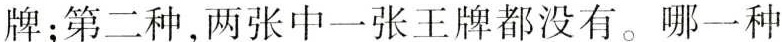
牌；第二种，两张中一张王牌都没有。哪一种